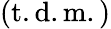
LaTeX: \mathrm{(t.d.m.)}